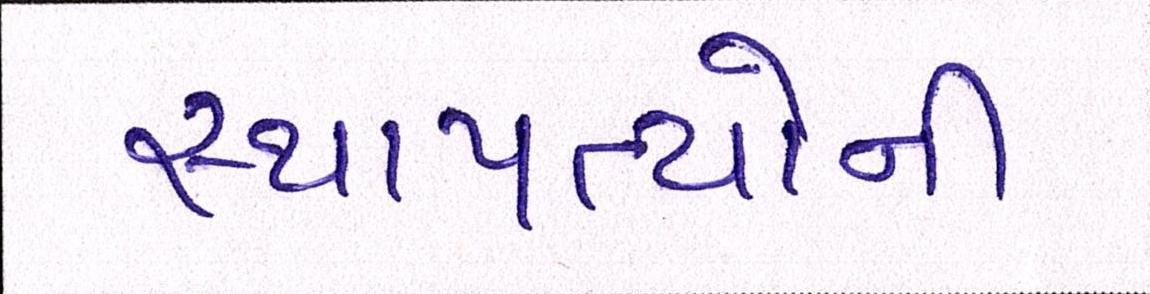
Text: સ્થાપત્યોની